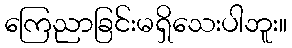
ကြေညာခြင်းမရှိသေးပါဘူး။